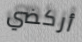
أركضي